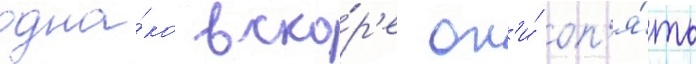
одна́ко вско́р'е он'и́ оп'я́ть